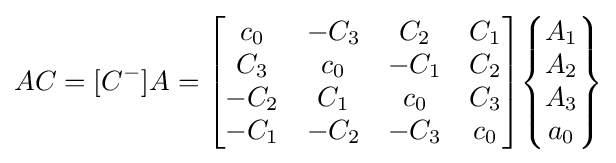
AC=[C^{-}]A={\begin{bmatrix}c_{0}&-C_{3}&C_{2}&C_{1}\\C_{3}&c_{0}&-C_{1}&C_{2}\\-C_{2}&C_{1}&c_{0}&C_{3}\\-C_{1}&-C_{2}&-C_{3}&c_{0}\end{bmatrix}}{\begin{Bmatrix}A_{1}\\A_{2}\\A_{3}\\a_{0}\end{Bmatrix}}